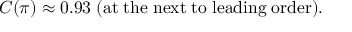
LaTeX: C ( \pi ) \approx 0 . 9 3 \; ( \mathrm { a t \; t h e \; n e x t \; t o \; l e a d i n g \; o r d e r } ) .